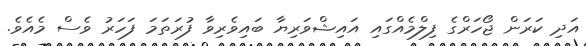
އަދި ކަރަން ޖޯހަރްގެ ފިލްމެއްގައި އައިޝްވަަރިޔާ ބައިވެރިވާ ފުރަތަމަ ފަހަރު ވެސް މެއެވެ.